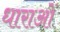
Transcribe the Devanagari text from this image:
धाराआें